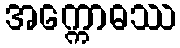
အက္ကောဓဿ